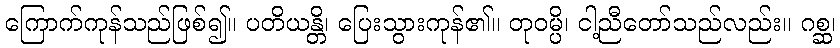
ကြောက်ကုန်သည်ဖြစ်၍။ ပတိယန္တိ၊ ပြေးသွားကုန်၏။ တုဝမ္ပိ၊ ငါ့ညီတော်သည်လည်း။ ဂစ္ဆ၊